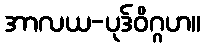
အာလယ-ပုဒ်ဝိဂ္ဂဟ။